Eesti_Ajutise_Maavalitsuse_haridusosakond, lk 33
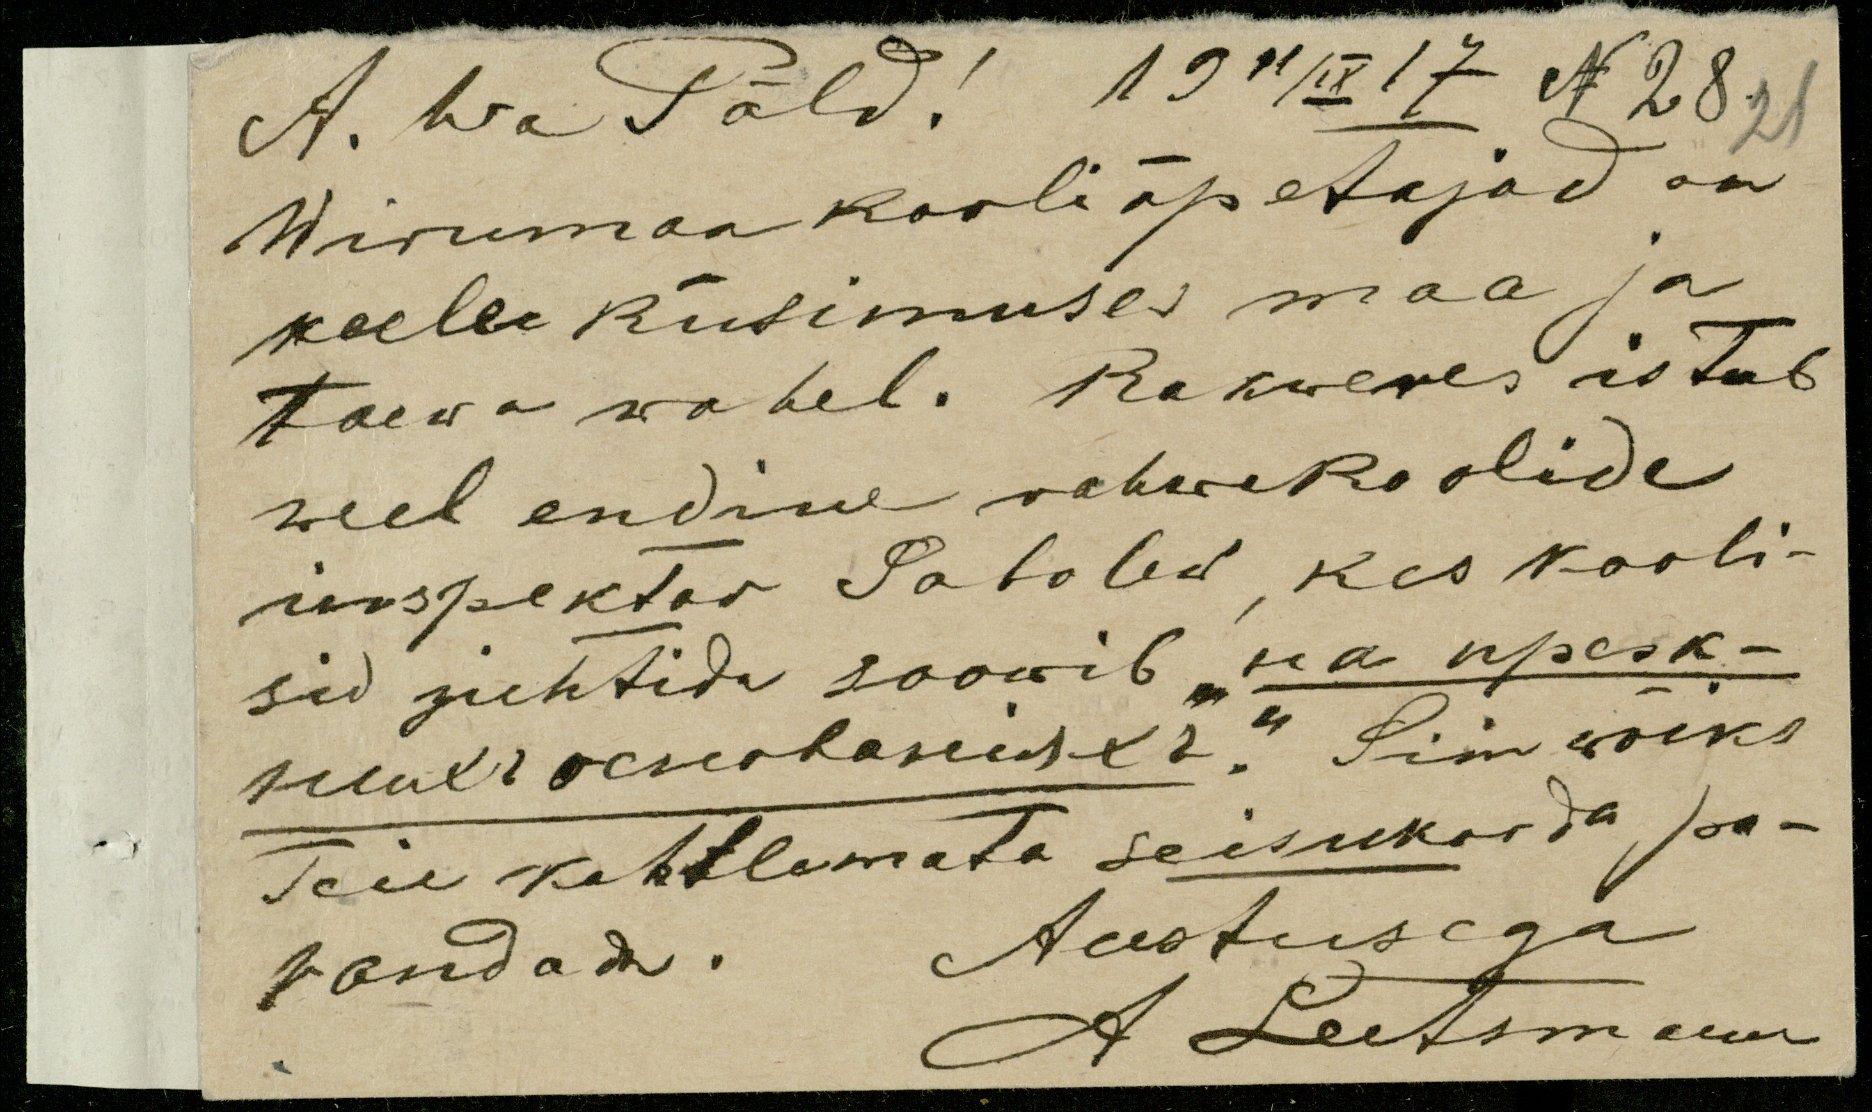
A. hra Põld! 19 11/XI 17 N28.
21
Wirrumaa kooli õpetajad on
keele küsimuses maa ja
taewa wahel. Rakweres istub
weel endine rahwakoolide
inspektor Patolew, kes kooli-
sid juhtida soowib "ka upsk-
пибюснованинъ." Siin wõiks
Teie kahtlemata seisukorda pa-
randada.
Austusega
A Leetsmann